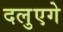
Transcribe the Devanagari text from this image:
दलुएगे